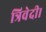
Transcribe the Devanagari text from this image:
त्रिवेदी।